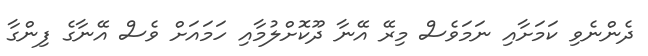
ދެންނެވި ކަމަށާއި ނަމަވެސް މިރޭ އޭނާ ދޫކޮށްލުމާއި ހަމައަށް ވެސް އޭނާގެ ފިންގާ